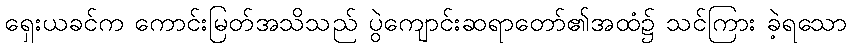
ရှေးယခင်က ကောင်းမြတ်အသိသည် ပွဲကျောင်းဆရာတော်၏အထံ၌ သင်ကြား ခဲ့ရသော